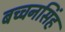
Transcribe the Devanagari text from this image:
बच्चनसिंह